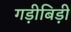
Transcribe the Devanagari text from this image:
गड़ीबिड़ी